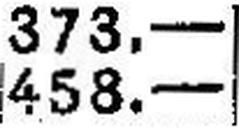
458.—